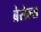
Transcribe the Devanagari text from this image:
ब्रेसेल्स